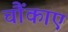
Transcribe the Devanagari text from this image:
चौंकाए